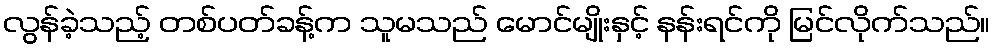
လွန်ခဲ့သည့် တစ်ပတ်ခန့်က သူမသည် မောင်မျိုးနှင့် နန်းရင်ကို မြင်လိုက်သည်။